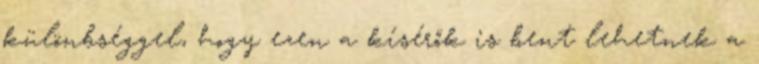
különbséggel, hogy ezen a kísérők is bent lehetnek a